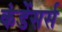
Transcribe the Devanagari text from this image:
कंडेंसर्स